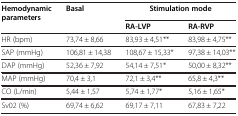
<table><thead><tr><td><b>Hemodynamic parameters</b></td><td><b>Basal</b></td><td colspan="2"><b>Stimulation mode</b></td></tr><tr><td><b> </b></td><td><b> </b></td><td><b>RA-LVP</b></td><td><b>RA-RVP</b></td></tr></thead><tbody><tr><td>HR (bpm)</td><td>73,74 ± 8,66</td><td>83,93 ± 4,51**</td><td>83,98 ± 4,75**</td></tr><tr><td>SAP (mmHg)</td><td>106,81 ± 14,38</td><td>108,67 ± 15,33*</td><td>97,38 ± 14,03**</td></tr><tr><td>DAP (mmHg)</td><td>52,36 ± 7,92</td><td>54,14 ± 7,51*</td><td>50,00 ± 8,32**</td></tr><tr><td>MAP (mmHg)</td><td>70,4 ± 3,1</td><td>72,1 ± 3,4**</td><td>65,8 ± 4,3**</td></tr><tr><td>CO (L/min)</td><td>5,44 ± 1,57</td><td>5,74 ± 1,77*</td><td>5,16 ± 1,65*</td></tr><tr><td>Sv02 (%)</td><td>69,74 ± 6,62</td><td>69,17 ± 7,11</td><td>67,83 ± 7,22</td></tr></tbody></table>